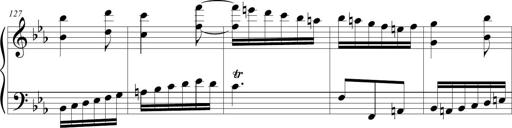
Title: Tiny Tina
Composer: Michel Rondeau
Key: E-flat major